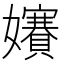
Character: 𡤐